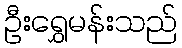
ဦးရွှေမန်းသည်